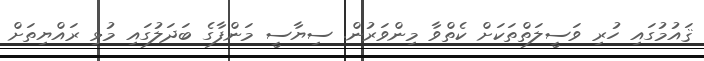
ޤައުމުގައި ހުރި ވަސީލަތްތަކަށް ކެތްވާ މިންވަރުން. ސިޔާސީ މަންފާގެ ބަދަލުގައި މުޅި ރައްޔިތަށް